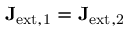
\mathbf { J } _ { \mathrm { e x t , 1 } } = \mathbf { J } _ { \mathrm { e x t , 2 } }